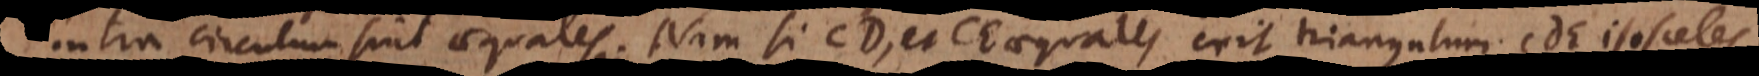
intra circulum sint aequales. Nam si CD, et CE aequales erit triangulum CDE isosceles.